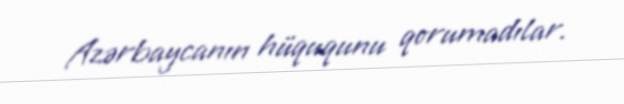
Azərbaycanın hüququnu qorumadılar.